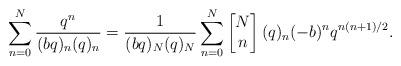
LaTeX: \begin{align*}\sum_{n=0}^{N}\frac{q^n}{(bq)_{n}(q)_{n}} = \frac{1}{(bq)_{N}(q)_{N}}\sum_{n=0}^{N}\begin{bmatrix}N\\n\end{bmatrix}(q)_n(-b)^nq^{n(n+1)/2}.\end{align*}